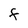
Character: F